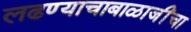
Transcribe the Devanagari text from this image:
लढण्याचाबाळाजींचा